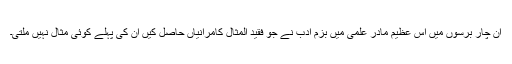
ان چار برسوں میں اس عظیم مادر علمی میں بزم ادب نے جو فقید المثال کامرانیاں حاصل کیں ان کی پہلے کوئی مثال نہیں ملتی۔